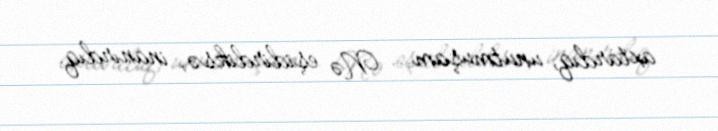
axtardıq, unutmuşam... Nə eşidirdiksə, inanırdıq.